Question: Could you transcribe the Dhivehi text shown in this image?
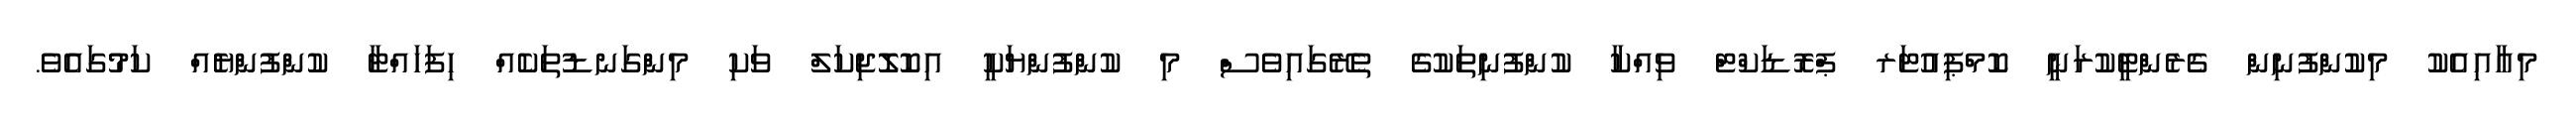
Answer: މިއާއިއެކު މިކުންފުނިން ގެރެންޓީކުރަނީ ކޮމްޕިއުޓަރ ޕްރޮޑަކްޓް ވިއްކާ ކުންފުނިތަކުގެ ތެރޭގައިވެސް މި ކުންފުންޔަކީ އިކޮލޮޖިކަލް ވަކި މިންގަނޑުތަކެއް ހިފަހައްޓާ ކުންފުންޔެއް ކަމުގައެވެ.